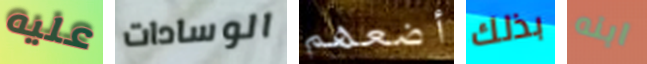
عليه الوسادات أضعهم بذلك ابنه